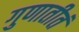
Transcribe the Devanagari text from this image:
गुणातीतं